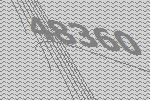
48360